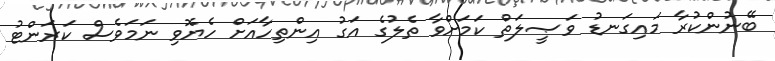
ބޭނުންކުރާ މައިގަނޑު ވަޞީލަތް ކަމަށްވާ ތެލުގެ އަގު އިންތިހާއަށް ހެޔޮވި ނަމަވެސް ކަރަންޓު